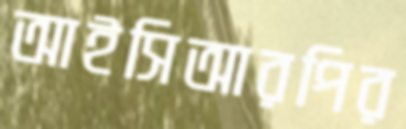
আইসিআরপির